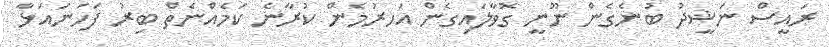
ރައީސް ނަޝީދު ބުނެގެން ނޫނީ ގޮވާލައިގެން އަހރުމެން ކުރާނެ ކަމެއްނެތް ބިރު ފަހަނައަޅާ